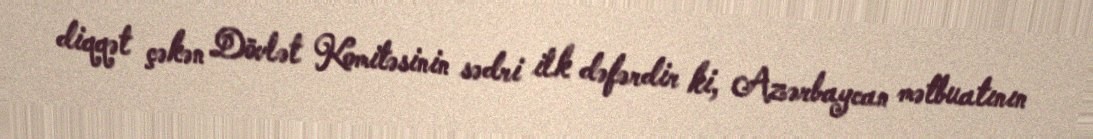
diqqət çəkən Dövlət Komitəsinin sədri ilk dəfərdir ki, Azərbaycan mətbuatının